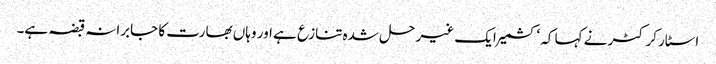
اسٹار کرکٹر نے کہا کہ ‘کشمیر ایک غیر حل شدہ تنازع ہے اور وہاں بھارت کا جابرانہ قبضہ ہے۔